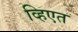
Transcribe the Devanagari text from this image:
व्हिएत